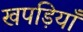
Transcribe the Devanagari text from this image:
खपड़ियाँ